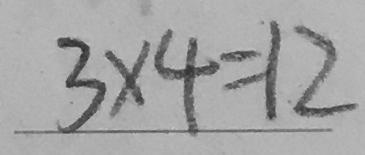
3 \times 4 = 1 2